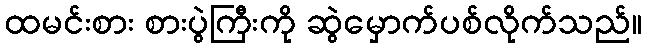
ထမင်းစား စားပွဲကြီးကို ဆွဲမှောက်ပစ်လိုက်သည်။